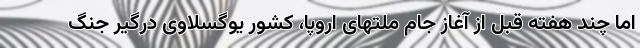
اما چند هفته قبل از آغاز جام ملتهای اروپا، کشور یوگسلاوی درگیر جنگ